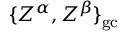
\{ Z ^ { \alpha } , Z ^ { \beta } \} _ { \mathrm { g c } }